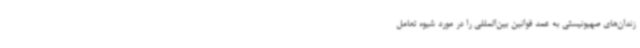
زندان‌های صهیونیستی به عمد قوانین بین‌المللی را در مورد شیوه تعامل